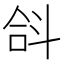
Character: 𣁴